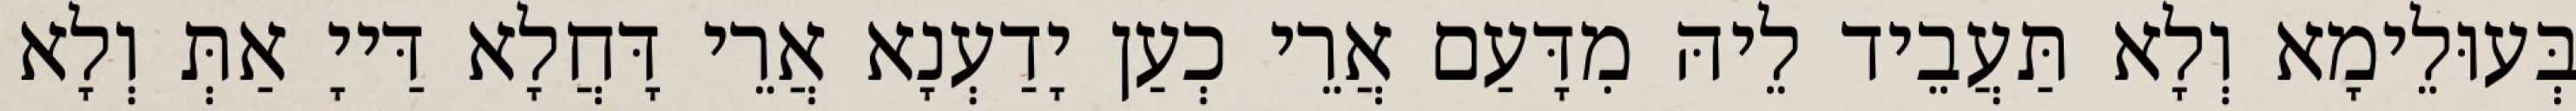
בְּעוּלֵימָא וְלָא תַּעֲבֵיד לֵיהּ מִדָּעַם אֲרֵי כְעַן יָדַעְנָא אֲרֵי דָּחֲלָא דַּייָ אַתְּ וְלָא